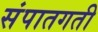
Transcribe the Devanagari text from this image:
संपातगती